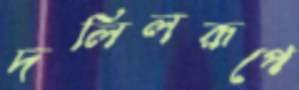
দলিলরূপে